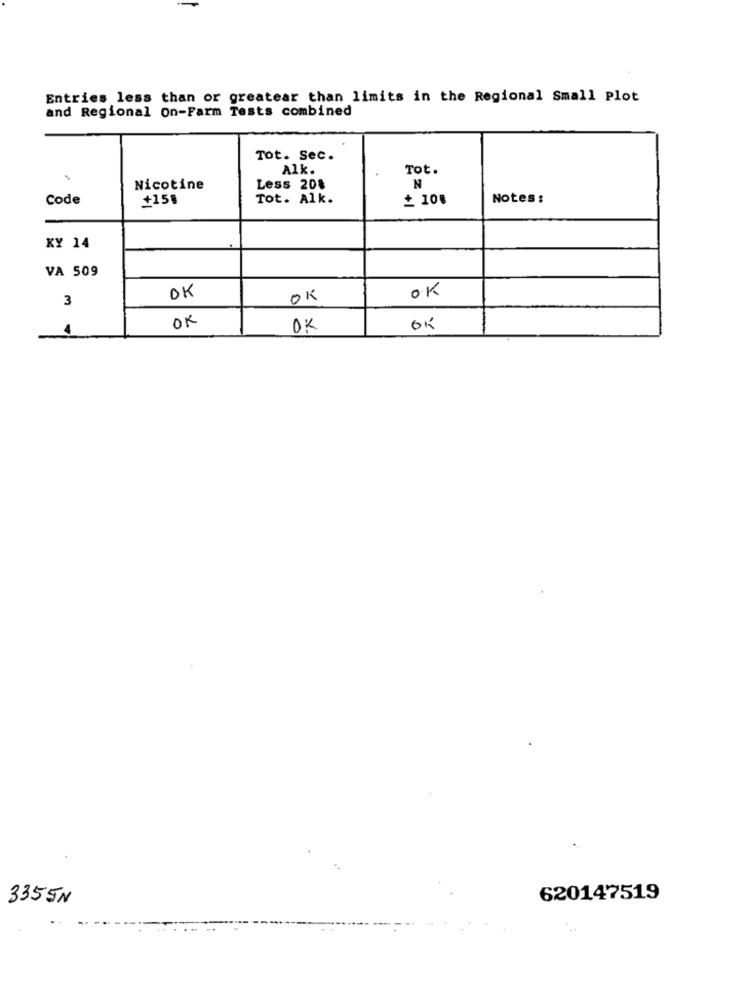
Entries less than or greatear than limits in the Regional Small Plot
and Regional On-Farm Tests combined
Tot. Sec.
Alk.
Tot.
Nicotine
Less 20%
N
Code
+150
Tot. Alk.
+ 100
Notes :
KY 14
VA 509
OK
3
OK
OK
OK
4
OK
OK
335JN
620147519